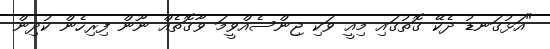
"އަޅުގަނޑު ދެކޭ ގޮތުގައި މިއީ ވަކި ޖިންސެއްވީމަ ވާގޮތެއް ނޫން ފިރިހެން ކުދިން